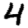
Digit: 4